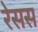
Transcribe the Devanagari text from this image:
रेसस